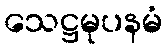
သေဋ္ဌမုပနမံ